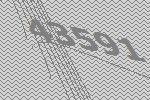
43591